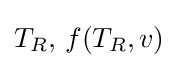
T_{R},\,f(T_{R},v)